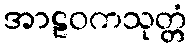
အာဠဝကသုတ္တံ